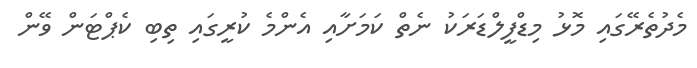
މެދުތެރޭގައި މޮޅު މިޑްފީލްޑަރަކު ނެތް ކަމަށާއި އެންމެ ކުރީގައި ތިބި ކެޕްޓަން ވޭން